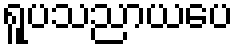
ရူပသညာယပေ